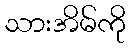
သားအိမ်ကို